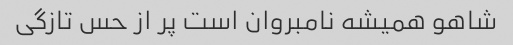
شاهو همیشه نامبروان است پر از حس تازگی